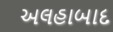
અલહાબાદ